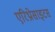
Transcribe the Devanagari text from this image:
एरिथ्रोसाइटस